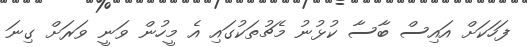
ފަހަކަށް އައިސް ބާސާ ކުޅުނު މެޗުތަކުގައި އެ މީހުން ވަނީ ވަރަށް ގިނަ